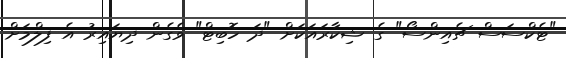
"ޓެކްސަސް ޗެއިންސޯ" ގެ ޝިކާރައަކަށް "ދަ ހޮބިޓް" ވެގެން ދިޔައިރު އެ ފިލްމަށް